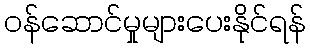
ဝန်ဆောင်မှုများပေးနိုင်ရန်